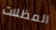
المظلات